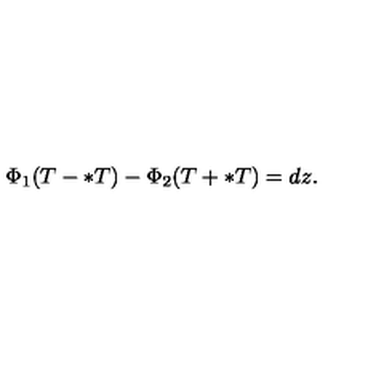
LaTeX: \Phi _ { 1 } ( T - \ast T ) - \Phi _ { 2 } ( T + \ast T ) = d z .